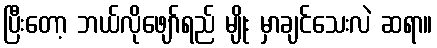
ပြီးတော့ ဘယ်လိုဖျော်ရည် မျိုး မှာချင်သေးလဲ ဆရာ။